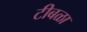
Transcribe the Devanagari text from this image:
टीबळा